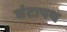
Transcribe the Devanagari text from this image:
घंटापथ